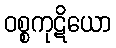
ဝစ္စကုဋိယော